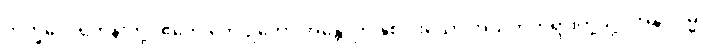
ဘိက္ခဝေ၊ ရဟန်းတို့။ ဧတေ တေ ဥဘော အန္တေ၊ ဤနှစ်ပါးသော အယုတ်တရားတို့သို့။ အနုပဂမ္မ၊